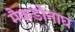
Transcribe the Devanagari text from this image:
मैकडोनाघ